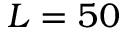
L = 5 0